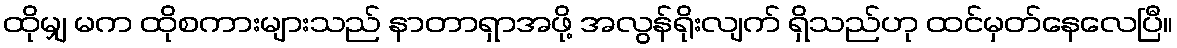
ထိုမျှ မက ထိုစကားများသည် နာတာရှာအဖို့ အလွန်ရိုးလျက် ရှိသည်ဟု ထင်မှတ်နေလေပြီ။